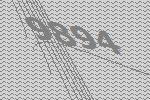
9894